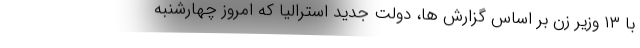
با ۱۳ وزیر زن بر اساس گزارش ها، دولت جدید استرالیا که امروز چهارشنبه